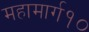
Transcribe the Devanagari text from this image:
महामार्ग१०